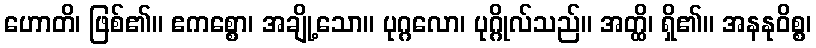
ဟောတိ၊ ဖြစ်၏။ ဧကစ္စော၊ အချို့သော။ ပုဂ္ဂလော၊ ပုဂ္ဂိုလ်သည်။ အတ္ထိ၊ ရှိ၏။ အနနုဝိစ္စ၊